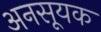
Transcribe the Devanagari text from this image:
अनसूयक